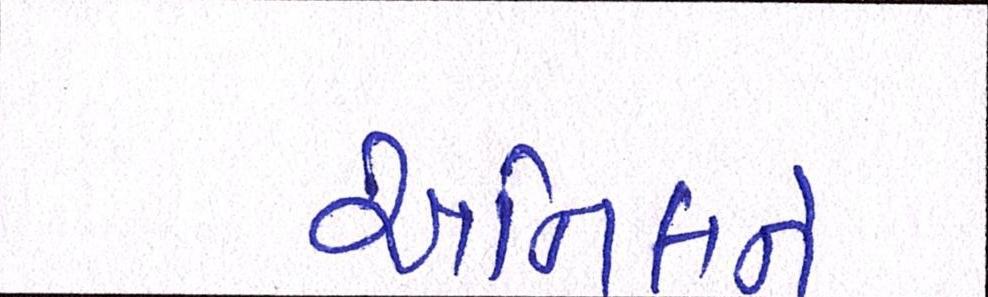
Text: અનિલને